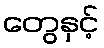
တွေနှင့်